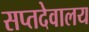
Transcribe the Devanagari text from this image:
सप्तदेवालय